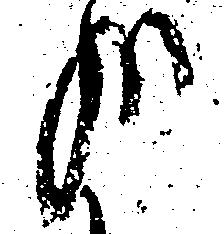
哉